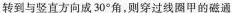
转到与竖直方向成30°^{\circ}角，则穿过线圈甲的磁通